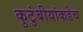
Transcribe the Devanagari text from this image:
कुटुंबीयांकडेच